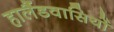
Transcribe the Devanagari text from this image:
हालैंडवासियों